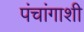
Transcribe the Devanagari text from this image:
पंचांगाशी